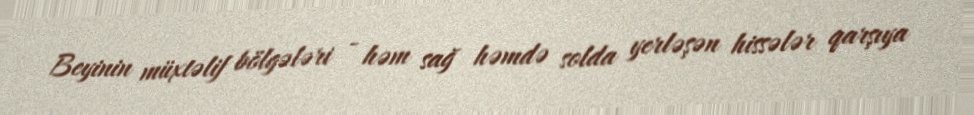
Beyinin müxtəlif bölgələri - həm sağ həmdə solda yerləşən hissələr qarşıya